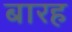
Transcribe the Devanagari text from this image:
बारह